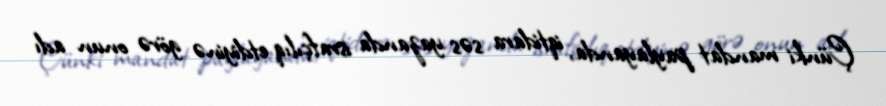
Çünki mandat paylayanda, iqtidara səs yazanda israfçılıq etdiyinə görə onun adı